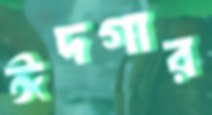
ঈদগার